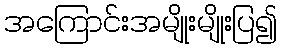
အကြောင်းအမျိုးမျိုးပြ၍